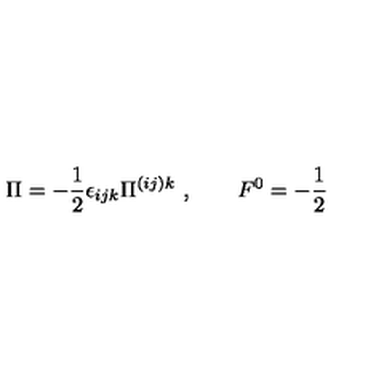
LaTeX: \Pi = - \frac { 1 } { 2 } \epsilon _ { i j k } \Pi ^ { ( i j ) k } \ , \qquad F ^ { 0 } = - \frac { 1 } { 2 }